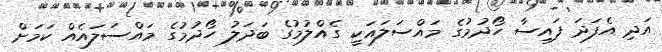
އަދި އެފަދަ ފައިސާ ހޯދުމުގެ މައްސަލައަކީ ގެއްލުމުގެ ބަދަލު ހޯދުމުގެ މައްސަލައެއް ކަމަށް